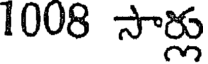
1008 సార్లు